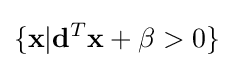
\{\mathbf {x} |\mathbf {d} ^{T}\mathbf {x} +\beta >0\}